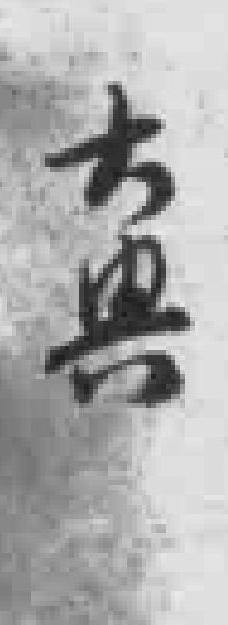
大*